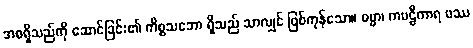
အစရှိသည်ကို ဆောင်ခြင်း၏ ကိစ္စသဘော ရှိသည် သာလျှင် ဖြစ်ကုန်သော။ ဓမ္မာ၊ ကဗဠီကာရ ဖဿ